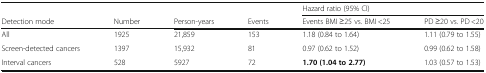
|  |  |  |  | <COLSPAN=2> Hazard ratio (95% CI) |
 | Detection mode | Number | Person-years | Events | Events BMI ≥25 vs. BMI <25 | PD ≥20 vs. PD <20 |
 | --- | --- | --- | --- | --- | --- |
 | All | 1925 | 21,859 | 153 | 1.18 (0.84 to 1.64) | 1.11 (0.79 to 1.55) |
 | Screen-detected cancers | 1397 | 15,932 | 81 | 0.97 (0.62 to 1.52) | 0.99 (0.62 to 1.58) |
 | Interval cancers | 528 | 5927 | 72 | 1.70 (1.04 to 2.77) | 1.03 (0.57 to 1.53) |